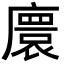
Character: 𫸁